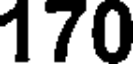
170